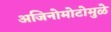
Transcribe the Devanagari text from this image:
अजिनोमोटोमुळे